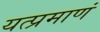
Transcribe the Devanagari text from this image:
यत्प्रमाणं